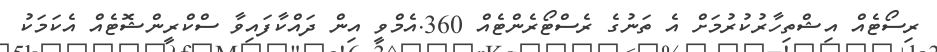
ރިސޯޓެއް އިޝްތިހާރުކުރުމަށް އެ ތަނުގެ ރެސްޓޯރެންޓެއް 360.އެމްވީ އިން ދައްކާފައިވާ ސްކްރީންޝޮޓެއް އެކަމަކު